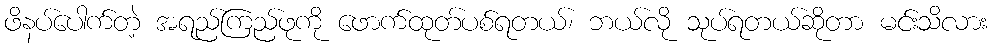
ဖိနပ်ပေါက်တဲ့ အရည်ကြည်ဖုကို ဖောက်ထုတ်ပစ်ရတယ်၊ ဘယ်လို သုပ်ရတယ်ဆိုတာ မင်းသိလား